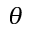
\theta